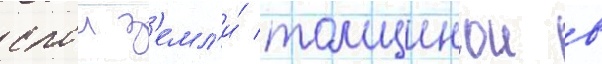
слои з'емл'и́ толщинои в